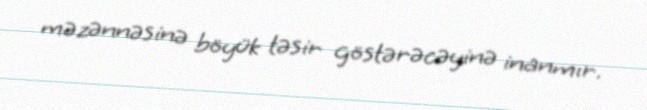
məzənnəsinə böyük təsir göstərəcəyinə inanmır.